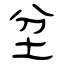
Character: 坌